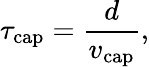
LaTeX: \tau_{\mathrm{{cap}}}=\frac{d}{v_{\mathrm{{cap}}}},